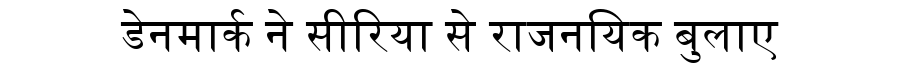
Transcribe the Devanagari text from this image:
डेनमार्क ने सीरिया से राजनयिक बुलाए